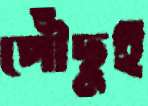
পৌঁছুই